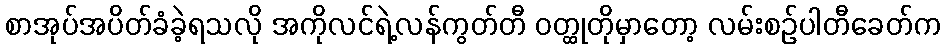
စာအုပ်အပိတ်ခံခဲ့ရသလို အကိုလင်ရဲ့လန်ကွတ်တီ ဝတ္ထုတိုမှာတော့ လမ်းစဉ်ပါတီခေတ်က